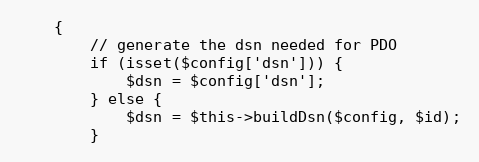
Language: PHP
    {
        // generate the dsn needed for PDO
        if (isset($config['dsn'])) {
            $dsn = $config['dsn'];
        } else {
            $dsn = $this->buildDsn($config, $id);
        }